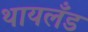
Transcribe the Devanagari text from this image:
थायलँड